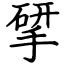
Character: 揅